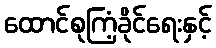
ထောင်စုကြံ့ခိုင်ရေးနှင့်